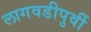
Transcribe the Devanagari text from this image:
लागवडीपुर्वी